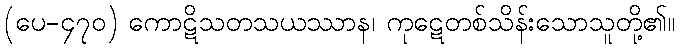
(ပေ-၄၇၀) ကောဋိသတသယဿာန၊ ကုဋေတစ်သိန်းသောသူတို့၏။